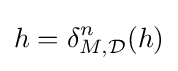
h=\delta _{M,{\mathcal {D}}}^{n}(h)